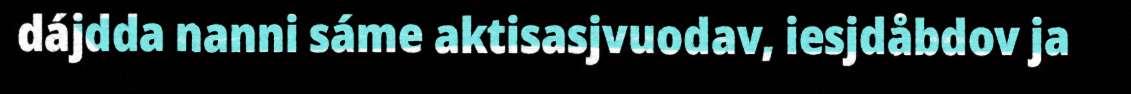
dájdda nanni sáme aktisasjvuodav, iesjdåbdov ja